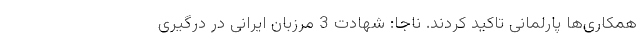
همکاری‌ها پارلمانی تاکید کردند. ناجا: شهادت 3 مرزبان ایرانی در درگیری